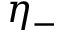
\eta _ { - }